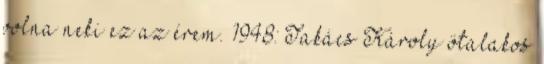
volna neki ez az érem. 1948: Takács Károly ötalakos